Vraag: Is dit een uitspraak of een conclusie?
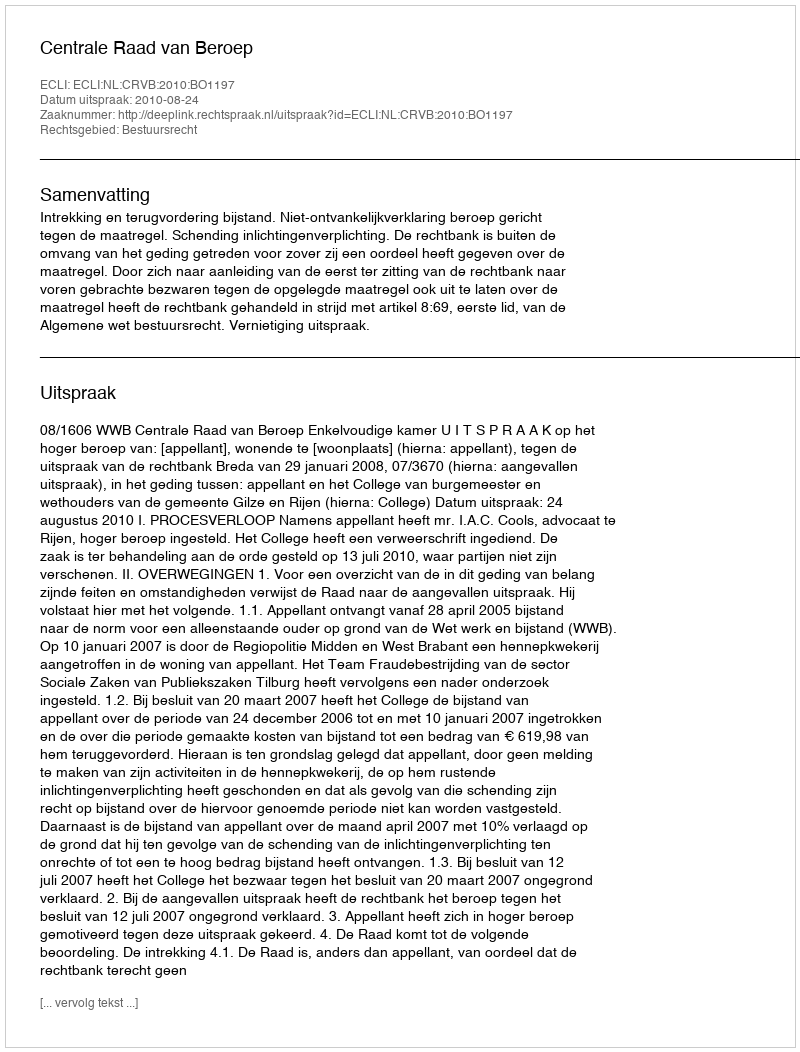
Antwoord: Uitspraak